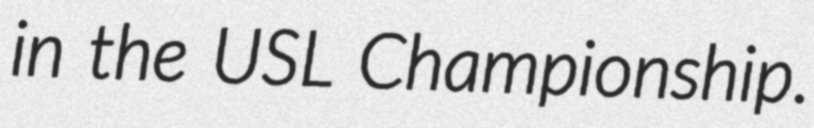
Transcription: in the USL Championship.